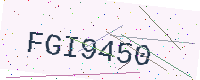
Text: FGI9450